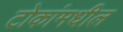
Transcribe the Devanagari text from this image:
टोकांमधील